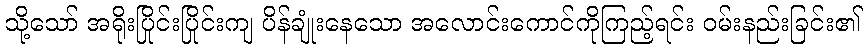
သို့သော် အရိုးပြိုင်းပြိုင်းကျ ပိန်ချုံးနေသော အလောင်းကောင်ကိုကြည့်ရင်း ဝမ်းနည်းခြင်း၏